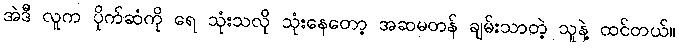
အဲဒီ လူက ပိုက်ဆံကို ရေ သုံးသလို သုံးနေတော့ အဆမတန် ချမ်းသာတဲ့ သူနဲ့ ထင်တယ်။